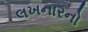
લખનારનો